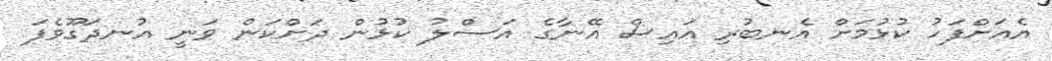
އެއަށްފަހު ކުޅުމަށް އެނބުރި އައިސް އޭނާގެ އަސްލު ކުޅުން ދަށްކަން ވަނީ އުނދަގޫވެފަ